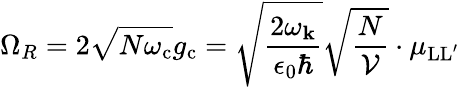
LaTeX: \Omega_{R}=2\sqrt{N\omega_{\mathrm{c}}}g_{\mathrm{c}}=\sqrt{\frac{2\omega_{\mathbf k}}{\epsilon_{0}\hbar}}\sqrt{\frac{N}{\mathcal V}}\cdot{\mu_{\mathrm{LL^{\prime}}}}